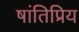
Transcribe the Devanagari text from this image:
षांतिप्रिय